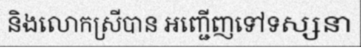
និងលោកស្រីបាន អញ្ជើញទៅទស្សនា